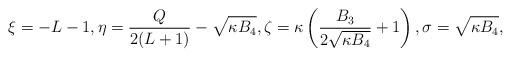
LaTeX: \begin{align*} \xi = -L-1, \eta = \frac{Q}{2(L+1)} - \sqrt{\kappa B_4}, \zeta = \kappa \left(\frac{B_3}{2\sqrt{\kappa B_4}} + 1\right), \sigma = \sqrt{\kappa B_4},\end{align*}